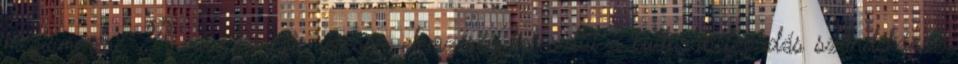
megismerése. A művek megismerésén, elemzésén keresztül a kultúrabefogadás szándékának